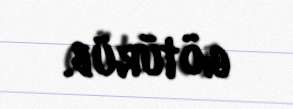
götürüb.